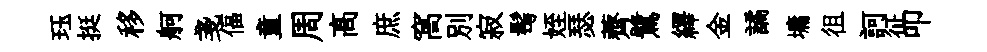
珏挺移舸戔偪童周髙庶窩別寂髩姪瑟薺鷺繹金譎墉徂訶征叩